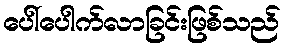
ပေါ်ပေါက်လာခြင်းဖြစ်သည်